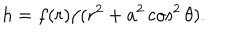
h = f ( r ) / ( r ^ { 2 } + a ^ { 2 } \cos ^ { 2 } \theta ) .